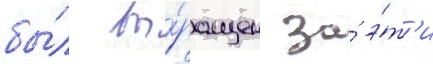
бы́л вы́ращен за́ э́т'и